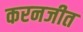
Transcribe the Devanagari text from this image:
करनजीत